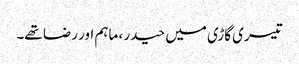
تیسری گاڑی میں حیدر ، ماہم اور رضا تھے۔